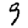
Digit: 9